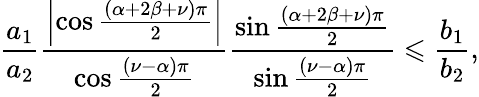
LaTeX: \frac{a_{1}}{a_{2}}\frac{\left\vert\cos\frac{\left(\alpha+2\beta+\nu\right)\pi}{2}\right\vert}{\cos\frac{\left(\nu-\alpha\right)\pi}{2}}\frac{\sin\frac{\left(\alpha+2\beta+\nu\right)\pi}{2}}{\sin\frac{\left(\nu-\alpha\right)\pi}{2}}\leqslant\frac{b_{1}}{b_{2}},